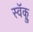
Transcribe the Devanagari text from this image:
स्वॅक्रु